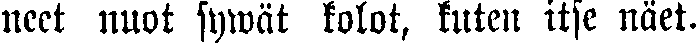
neet nuot sywät kolot, kuten itse näet.